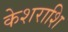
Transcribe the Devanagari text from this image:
केशराशि